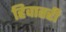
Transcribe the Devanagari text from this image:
हिवातरी